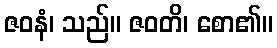
ဇဝနံ၊ သည်။ ဇဝတိ၊ စော၏။